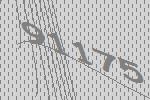
91175